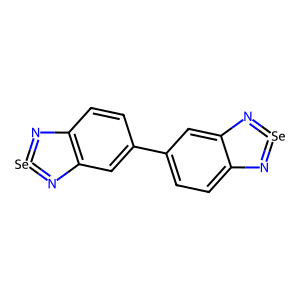
SMILES: c1cc2c(cc1-c1ccc3c(c1)N=[Se]=N3)N=[Se]=N2
Inhibits HIV replication: No